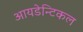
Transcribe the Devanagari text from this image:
आयडेन्टिकल